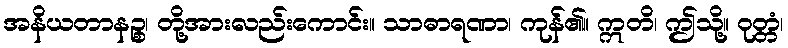
အနိယတာနဉ္စ၊ တို့အားလည်းကောင်း။ သာဓာရဏာ၊ ကုန်၏။ ဣတိ၊ ဤသို့။ ဝုတ္တံ၊